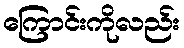
ကြောင်းကိုလည်း